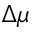
\Delta \mu